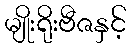
မျိုးရိုးဗီဇနှင့်